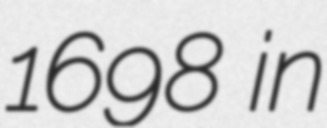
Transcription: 1698 in